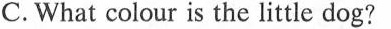
C. What colour is the little dog?